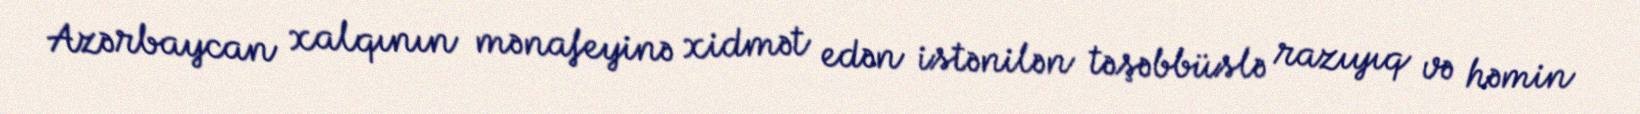
Azərbaycan xalqının mənafeyinə xidmət edən istənilən təşəbbüslə razıyıq və həmin